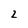
Character: 2